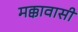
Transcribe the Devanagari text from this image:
मक्कावासी